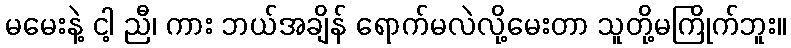
မမေးနဲ့ ငါ့ ညီ၊ ကား ဘယ်အချိန် ရောက်မလဲလို့မေးတာ သူတို့မကြိုက်ဘူး။